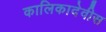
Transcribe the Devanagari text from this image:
कालिकादेवीस